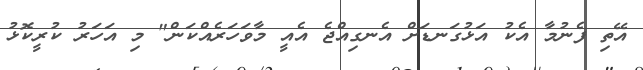
އޭތި ފެނުމާ އެކު އަޅުގަނޑަށް އެނގިއްޖެ އެއީ މާވަހަރެއްކަން" މި އަހަރު ކުރީކޮޅު